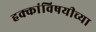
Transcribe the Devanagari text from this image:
हक्कांविषयीच्या